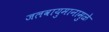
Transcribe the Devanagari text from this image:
जलवायुमानामुळे